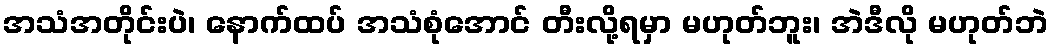
အသံအတိုင်းပဲ၊ နောက်ထပ် အသံစုံအောင် တီးလို့ရမှာ မဟုတ်ဘူး၊ အဲဒီလို မဟုတ်ဘဲ